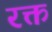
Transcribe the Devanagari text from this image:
रक्त्त